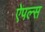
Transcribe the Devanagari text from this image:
ऐपल्स